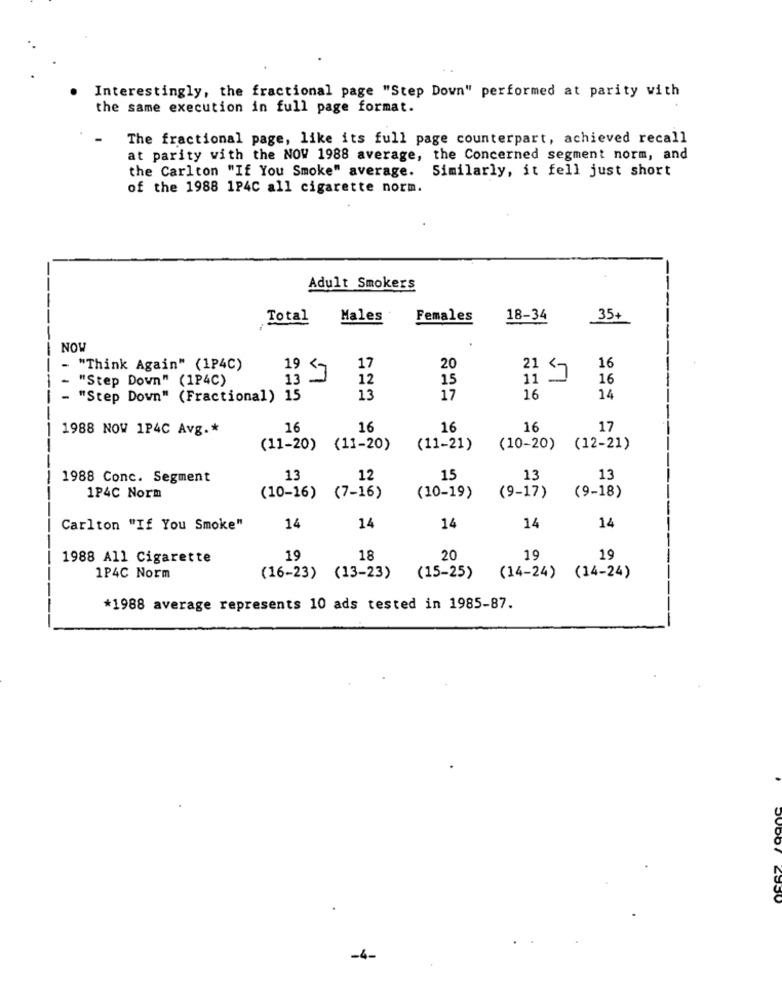
Interestingly, the fractional page "Step Down" performed at parity with
the same execution in full page format.
The fractional page, like its full page counterpart, achieved recall
at parity with the NOW 1988 average, the Concerned segment norm, and
the Carlton "If You Smoke" average. Similarly, it fell just short
of the 1988 1P4C all cigarette norm.
Adult Smokers
Total
Males
Females
18-34
35+
NOW
- "Think Again" (1P4C)
19
17
20
21
16
"Step Down" (1P4C)
13 3
12
15
16
- "Step Down" (Fractional) 15
13
17
16
14
1988 NOW 1P4C Avg .*
16
16
16
16
17
(11-20)
(11-20)
(11-21)
(10-20)
(12-21)
1988 Conc. Segment
13
12
15
13
13
1P4C Norm
(10-16) (7-16)
(10-19)
(9-17)
(9-18)
Carlton "If You Smoke"
14
14
14
14
14
1988 All Cigarette
19
18
20
19
19
1P4C Norm
(16-23) (13-23)
(15-25)
(14-24) (14-24)
*1988 average represents 10 ads tested in 1985-87.
-4-